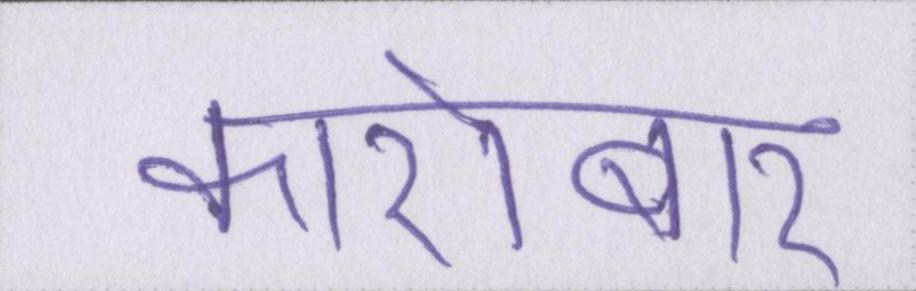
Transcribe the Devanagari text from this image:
कारोबार